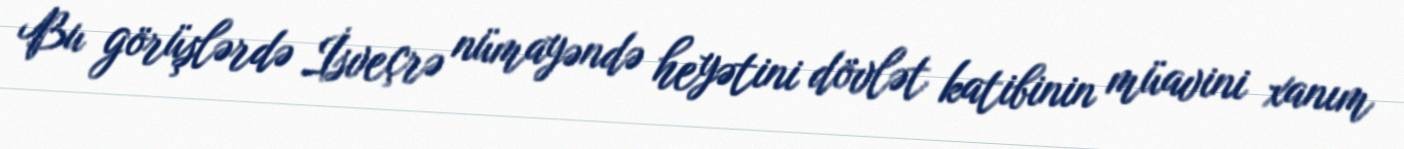
Bu görüşlərdə İsveçrə nümayəndə heyətini dövlət katibinin müavini xanım